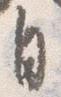
自